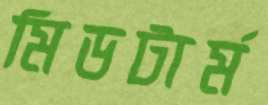
মিডটার্ম